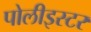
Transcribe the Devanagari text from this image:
पोलीइस्टर